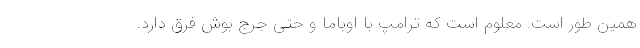
همین طور است. معلوم است که ترامپ با اوباما و حتی جرج بوش فرق دارد.